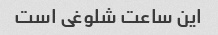
این ساعت شلوغی است